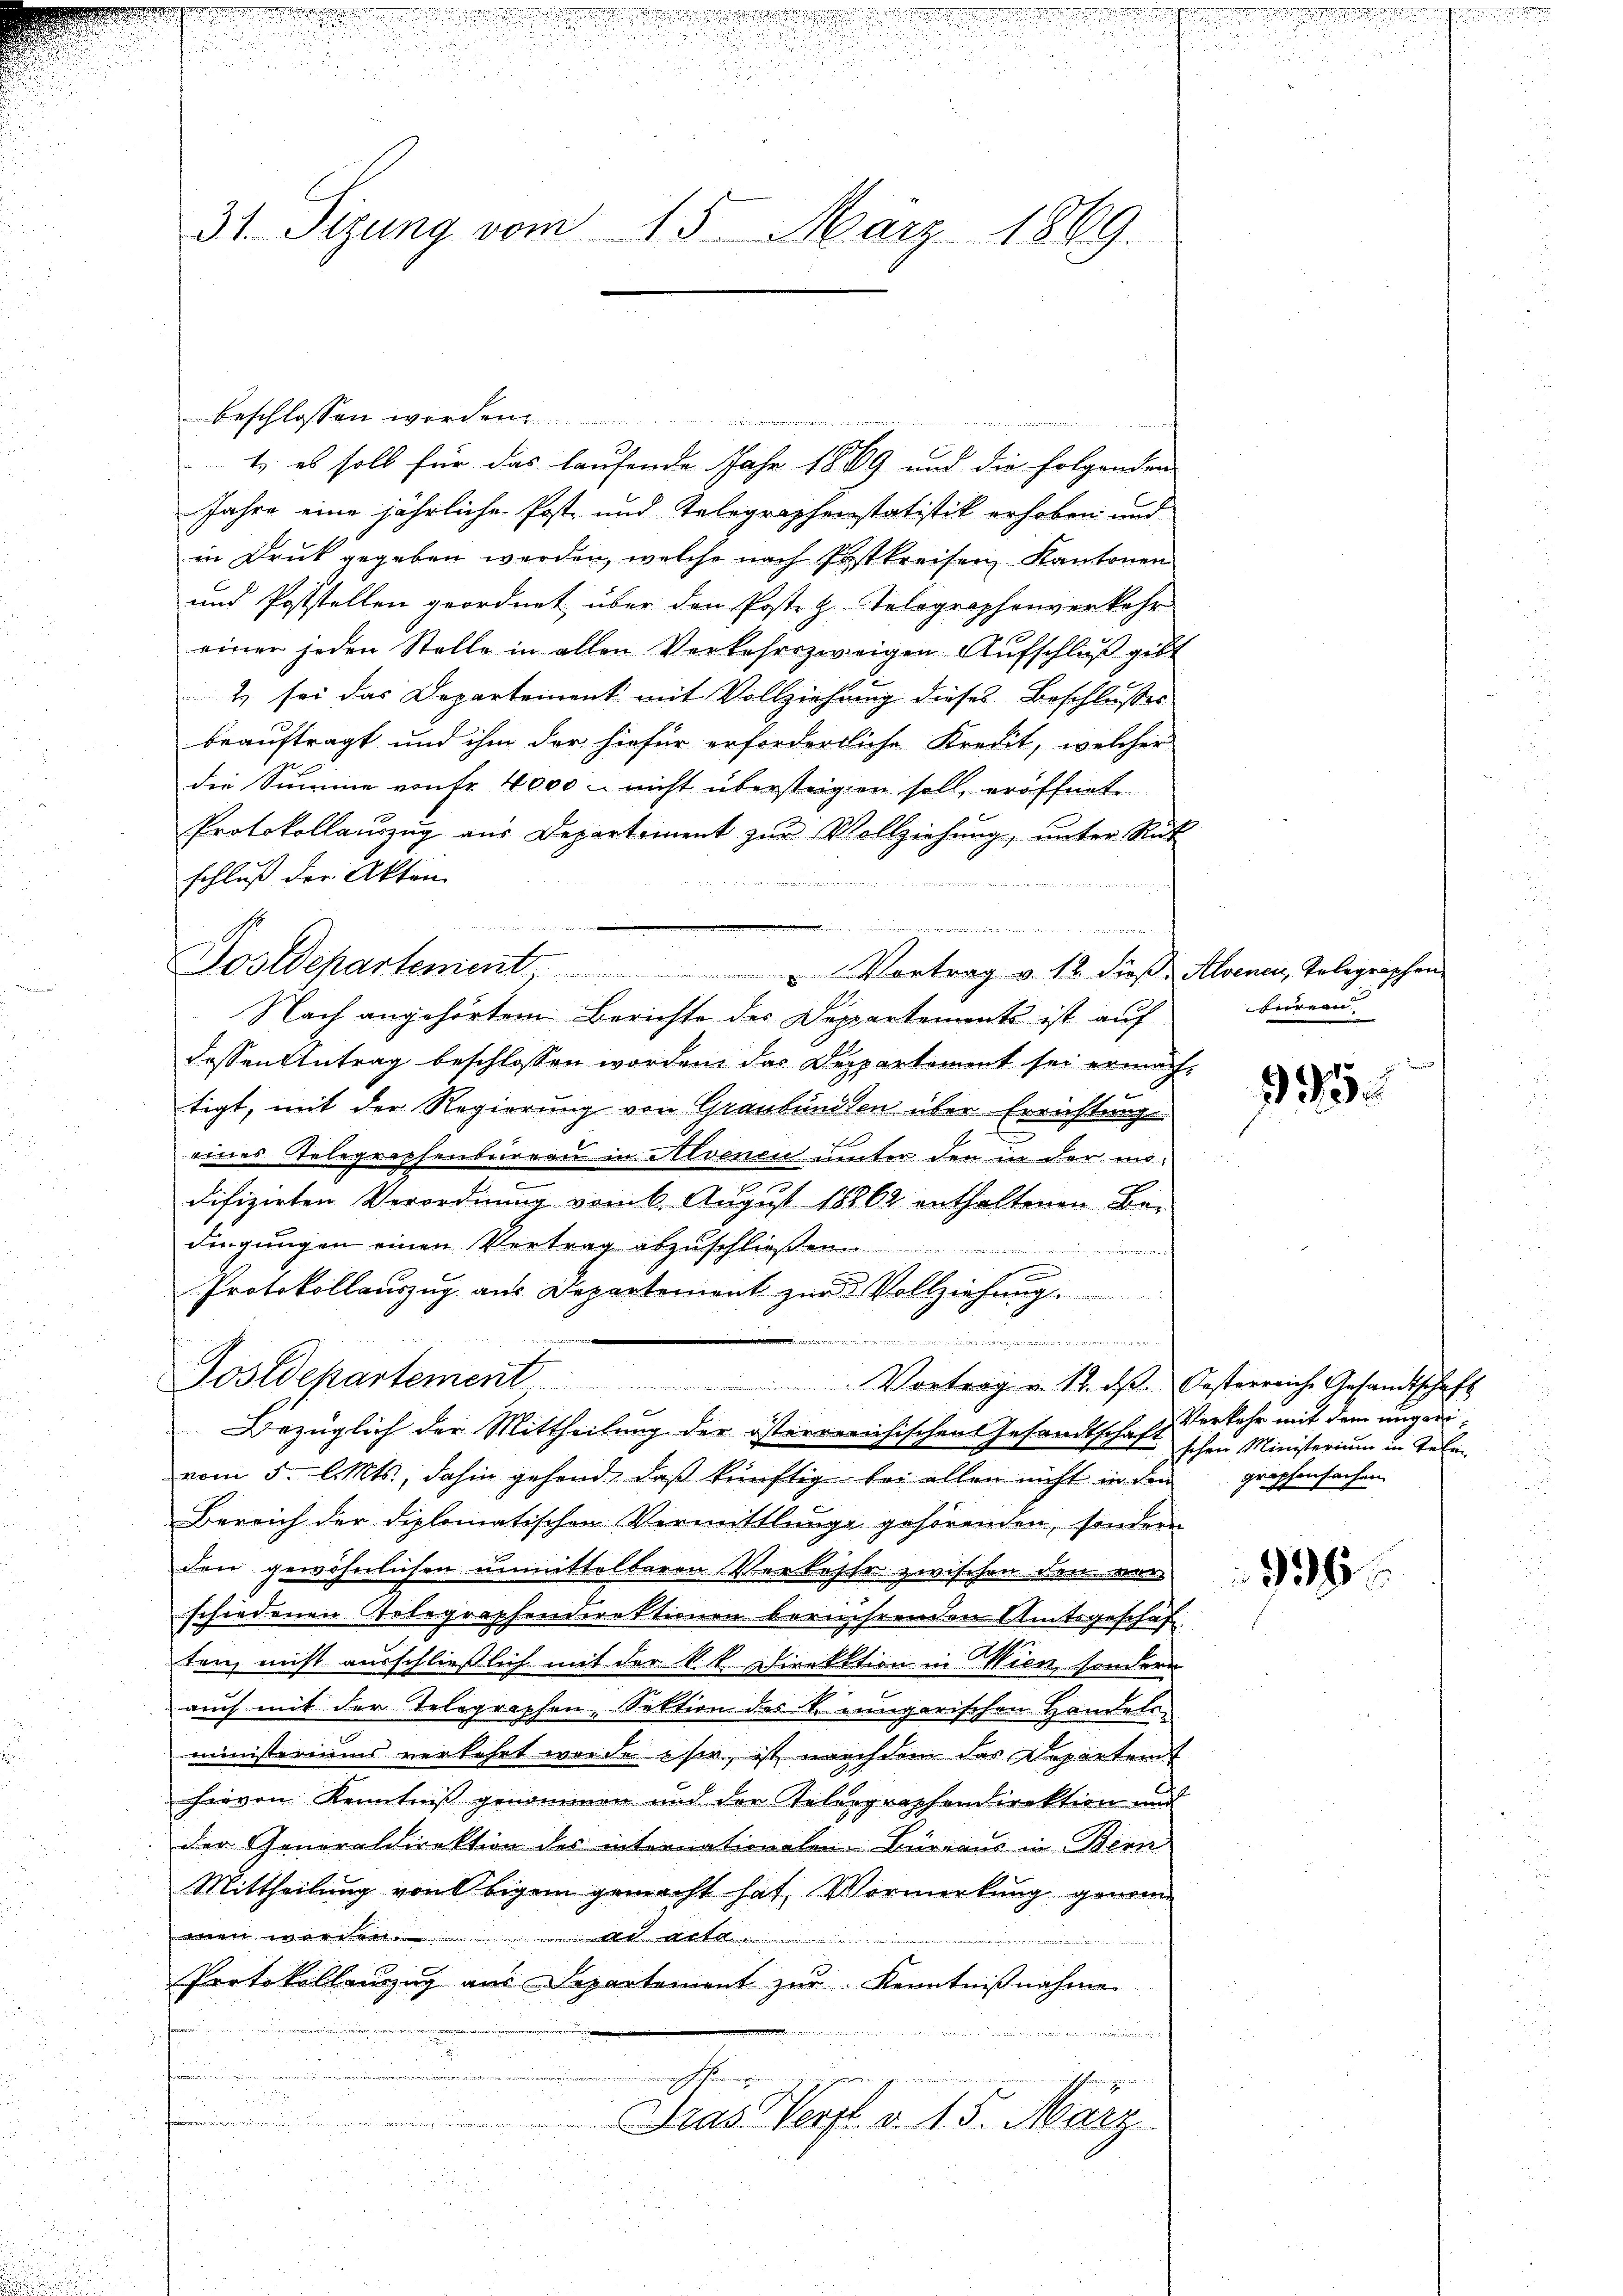
31. Sizung vom 15. März 1869.

beschlossen worden.
n
 gegen zu ein Wieder
1) es soll für das laufende Jahr 1889 und die folgenden
Jahre eine jährliche Post- und Telegraphenstatistik erhoben und
in Druck gegeben werden, welche nach Postkreisen, Kantonen
und Poststellen geordnet über den Poste z. Telegraphenverkehr
einer jeden Stelle in allen Verkehrszweigen Aŭfschlŭβ gebt
2 sei das Departement mit Vollziehung dieses Beschlusses
beauftragt und ihm der hiefür erforderliche Kredit, welcher
die Summe von Fr. 4000 - nicht übersteigen soll, eröffnet
Protokollaŭszŭg aŭs Departement zŭr Vollziehŭng ŭnter Rüt
schluß der Akten

Nach angehörtem Berichte des Departements ist auf
dessen Antrag beschlossen worden, das Departement sei ermachtigt, mit der Regierung von Graubünden über Errichtung
eines Telegraphenbureau in Alvenen unter den in der modifizirten Verordnŭng vom 6. Aŭgŭst 18862 enthaltenen Be-
dingungen einen Vertrag abzuschließen
Fr
.
Protokollauszug aus Departement zur Vollziehung.
n
Postdepartement Vortrag u. 12. dβ. Oesterreiche Gesandtschaft
Bezüglich der Mittheilung der österrreichischen Gesandtschaft Verkehr mit dem ungeri
vom 5. l. Mts., dahin gehend, daß künftig bei allen nicht in dem grophensachen
Bereich der diplomatischen Vermittlange gehörenden, sondern
den gewöhnlichen unmittelbaren Verkesse zwischen den ver-
schiedenen Telegraphendirektionen berührenden Amtsgeschaf
ten, nicht ausschließlich mit der kk Direktion in Wien, sondern
auch mit der Telegraphen, Sektion des k. Jungarischen Handels-
ministeriums verkehrt werde sie, ist nachdem das Departem
harvon Kenntniß genommen und der Telegraphendirektion und
der Generaldirektion des internationalen Bureaus in Bern
Mittheilung von Obigem gemacht hat, Vormerkung genomwenn waren
Ad Art.
Protokollenzug aus Departement zur Kenntnißnahme
h

we
ren, wie de sehende de
Dras Verfl. v. 15. März

Tostdepartement Vortrag v. 12. dieß. Alsenen, Tolegraphen

bureau

95.

schen Ministerium in Telen

936